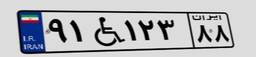
۹۱W۱۲۳۸۸